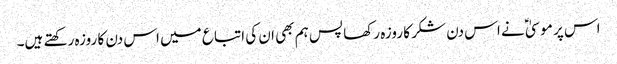
اس پر موسیٰ ؑ نے اس دن شکر کا روزہ رکھا پس ہم بھی ان کی اتباع میں اس دن کا روزہ رکھتے ہیں۔